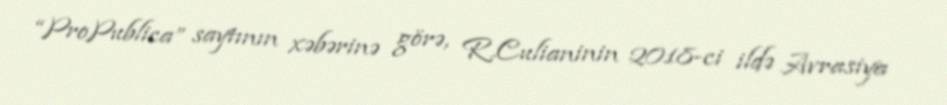
“ProPublica” saytının xəbərinə görə, R.Culianinin 2018-ci ildə Avrasiya